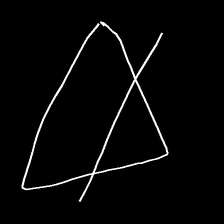
Glyph: empower